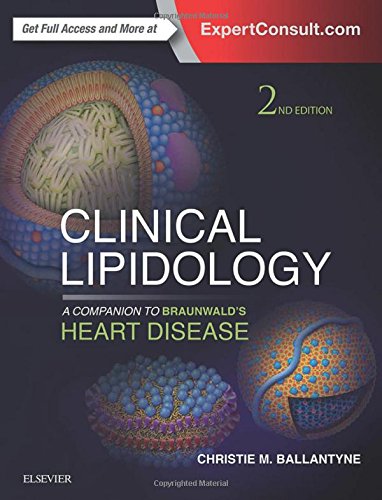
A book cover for Clinical Lipidology: A Companion to Braunwald's Heart Disease, 2e; Christie M. Ballantyne MD; Medical Books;